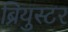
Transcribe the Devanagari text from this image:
ब्रियुस्टर